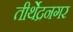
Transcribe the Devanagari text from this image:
तीर्थेद्रनगर